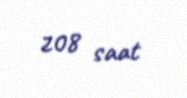
208 saat